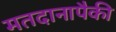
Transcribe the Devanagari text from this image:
मतदानापैकी